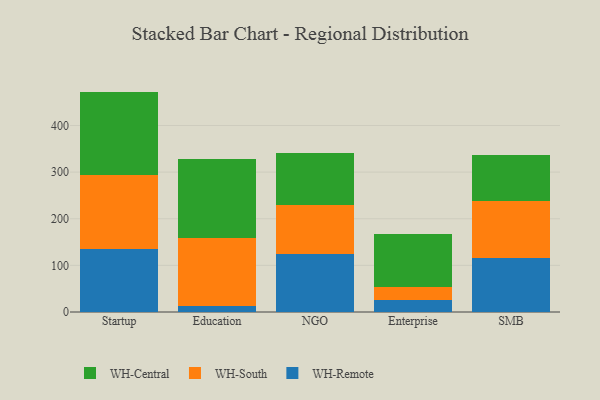
{"axis": {"x": "Segment", "y": "Energy Usage (MWh)"}, "legend": ["WH-Central", "WH-Remote", "WH-South"], "data": [{"x": "Startup", "y": 135.7, "type": "WH-Remote"}, {"x": "Startup", "y": 158.6, "type": "WH-South"}, {"x": "Startup", "y": 178.4, "type": "WH-Central"}, {"x": "Education", "y": 12.6, "type": "WH-Remote"}, {"x": "Education", "y": 147.1, "type": "WH-South"}, {"x": "Education", "y": 167.4, "type": "WH-Central"}, {"x": "NGO", "y": 123.7, "type": "WH-Remote"}, {"x": "NGO", "y": 106.4, "type": "WH-South"}, {"x": "NGO", "y": 109.9, "type": "WH-Central"}, {"x": "Enterprise", "y": 24.8, "type": "WH-Remote"}, {"x": "Enterprise", "y": 28.3, "type": "WH-South"}, {"x": "Enterprise", "y": 114.3, "type": "WH-Central"}, {"x": "SMB", "y": 115.5, "type": "WH-Remote"}, {"x": "SMB", "y": 123.0, "type": "WH-South"}, {"x": "SMB", "y": 99.1, "type": "WH-Central"}]}